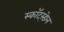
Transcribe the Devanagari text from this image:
स्कॉट्स्डेल